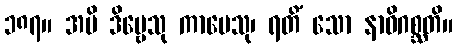
၁၈၇။ အပိ ဒိဗ္ဗေသု ကာမေသု၊ ရတိံ သော နာဓိဂစ္ဆတိ။